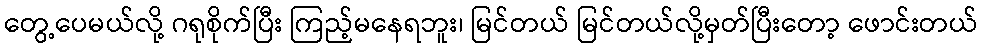
တွေ့ပေမယ်လို့ ဂရုစိုက်ပြီး ကြည့်မနေရဘူး၊ မြင်တယ် မြင်တယ်လို့မှတ်ပြီးတော့ ဖောင်းတယ်